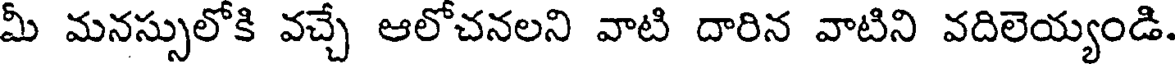
మీ మనస్సులోకి వచ్చే ఆలోచనలని వాటి దారిన వాటిని వదిలెయ్యండి